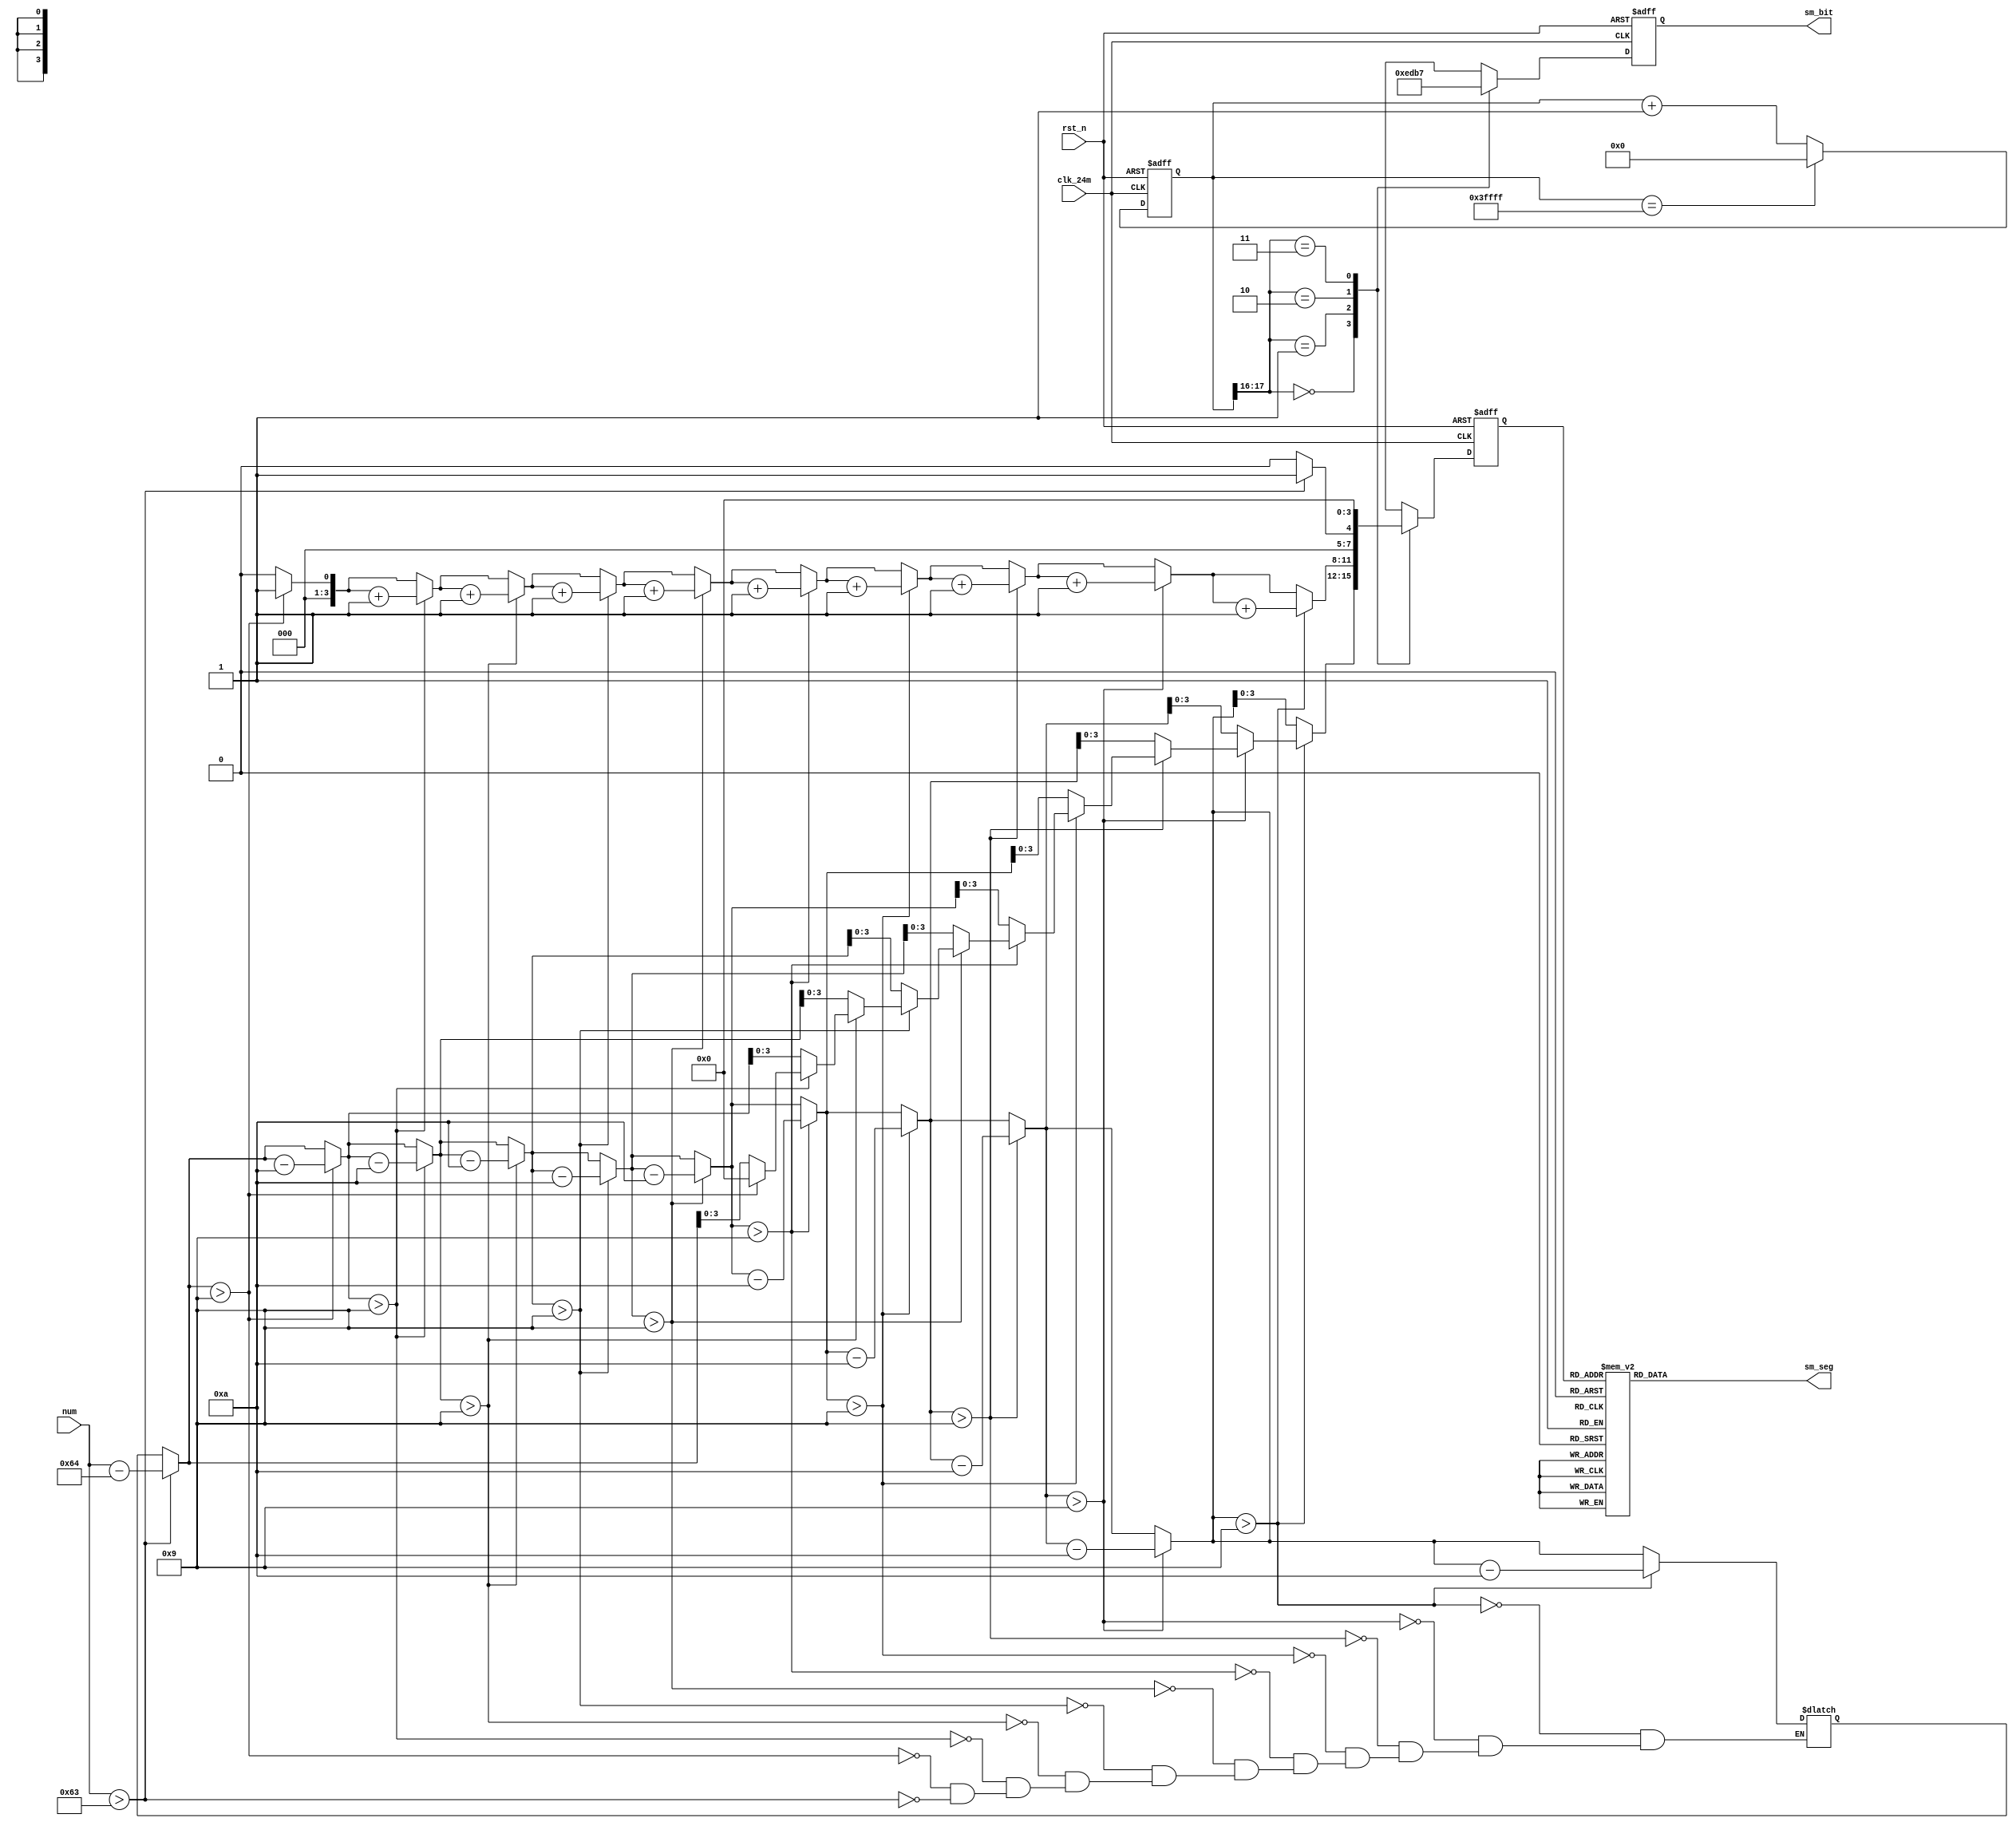
`timescale 1ns/ 1ps

module seg4
#(
	parameter CNT_TIME = 2400_000 //0.1s
)
( 
	input	wire       clk_24m,
	input	wire 		rst_n,
	input	wire [7:0] num,
    output	wire [7:0] sm_seg,
    output	wire [3:0] sm_bit
);

reg [7:0]	num_in;
reg [24:0] 	cnt;
reg [3:0]  	addr;
reg [3:0] 	sm_bit1_num;
reg [3:0] 	sm_bit2_num;
reg [3:0] 	sm_bit3_num;
reg [3:0] 	sm_bit4_num;
//10ms
reg [17:0] 	cnt_w;
//
reg [3:0] 	sm_bit_reg;
reg [3:0] 	sm_seg_num ;
reg [7:0]	sm_seg_reg;	
localparam
			S0 = 4'b0000 ,
			S1 = 4'b0001 ,
			S2 = 4'b0010 ,
			S3 = 4'b0011 ,
			S4 = 4'b0100 ,
			S5 = 4'b0101 ,
			S6 = 4'b0110 ,
			S7 = 4'b0111 ,
			S8 = 4'b1000 ,
			S9 = 4'b1001 ;	

always@(posedge clk_24m or negedge rst_n)
begin
	if(!rst_n)
		cnt  <= 0;
	else if(cnt == CNT_TIME)//0.1Hz
		cnt <= 0;
	else
		cnt <= cnt + 1'b1;
end
//
always @(num)//bin2dec
begin
	sm_bit4_num=4'd0;
	sm_bit3_num=4'd0;
	sm_bit2_num=4'b0;
	sm_bit1_num=4'b0;
	if(num>99)
	begin
		num_in=num-8'd100;
		sm_bit3_num=sm_bit3_num+1;
	end
	repeat(10)
	begin
		if(num_in>8'd9)
		begin
			sm_bit2_num=sm_bit2_num+4'd1;
			num_in=num_in-8'd10;
		end
		else
		begin
			sm_bit1_num=num_in[3:0];
		end
	end
end
/*always@(posedge clk_24m or negedge rst_n)
begin
	if(!rst_n)
		sm_bit1_num <= 4'h0;
	else if(cnt == CNT_TIME)//0.1Hz
	begin
		if(sm_bit1_num == 10)
			sm_bit1_num <= 4'h0;
		else
			sm_bit1_num <= sm_bit1_num + 1'b1;
	end
	else
		sm_bit1_num <= sm_bit1_num;
end
	
always@(posedge clk_24m or negedge rst_n)
begin
	if(!rst_n)
		sm_bit2_num <= 4'h0;
	else if(cnt == CNT_TIME && sm_bit1_num == 9)
	begin		
		if(sm_bit2_num == 10 )
			sm_bit2_num <= 4'h0;
		else 
			sm_bit2_num <= sm_bit2_num + 1;
	end
	else
		sm_bit2_num <= sm_bit2_num;
end	
		
always@(posedge clk_24m or negedge rst_n)
begin
	if(!rst_n)
		sm_bit3_num <= 4'h0;
	else if(cnt == CNT_TIME && sm_bit2_num == 9 && sm_bit1_num == 9)
	begin		
		if(sm_bit3_num == 10 )
			sm_bit3_num <= 4'h0;
		else
			sm_bit3_num <= sm_bit3_num + 1;
	end
	else
		sm_bit3_num <= sm_bit3_num;
end	
	
always@(posedge clk_24m or negedge rst_n)
begin
	if(!rst_n)
		sm_bit4_num <= 4'h0;
	else if(cnt == CNT_TIME && sm_bit3_num == 9 && sm_bit2_num == 9 && sm_bit1_num == 9)
	begin		
		if(sm_bit4_num == 10)
			sm_bit4_num <= 4'h0;
		else
			sm_bit4_num <= sm_bit4_num + 1;
	end
	else
		sm_bit4_num <= sm_bit4_num;
end*/						
		
always@(posedge clk_24m or negedge rst_n)
begin
	if(!rst_n)
		cnt_w <= 18'd0;
	else if(cnt_w == 18'b111_111_111_111_111_111)  
	// else if(&cnt_w)  
		cnt_w <= 18'd0;
	else
		cnt_w <= cnt_w + 1;
end

always@(posedge clk_24m or negedge rst_n)
begin
	if(!rst_n)
		sm_seg_num   <= 4'h0;
	else
	begin
		case( cnt_w[17:16] )
		2'b00:sm_seg_num   <= sm_bit1_num; 
		2'b01:sm_seg_num   <= sm_bit2_num; 
		2'b10:sm_seg_num   <= sm_bit3_num; 
		2'b11:sm_seg_num   <= sm_bit4_num; 
		endcase
	end
end

always@(posedge clk_24m or negedge rst_n)
begin
	if(!rst_n)
		sm_bit_reg <= 4'b1111;
	else
	begin
		case( cnt_w[17:16] )
		2'b00:sm_bit_reg <= 4'b1110; 
		2'b01:sm_bit_reg <= 4'b1101; 
		2'b10:sm_bit_reg <= 4'b1011; 
		2'b11:sm_bit_reg <= 4'b0111; 
		endcase
	end
end
			
always@(*)
begin
	case ( sm_seg_num )
	S0:
		sm_seg_reg <= 8'hc0;
	S1:               
		sm_seg_reg <= 8'hf9;
	S2:               
		sm_seg_reg <= 8'ha4;
	S3:               
		sm_seg_reg <= 8'hb0;
	S4:               
		sm_seg_reg <= 8'h99;
	S5:               
		sm_seg_reg <= 8'h92;
	S6:               
		sm_seg_reg <= 8'h82;
	S7:               
		sm_seg_reg <= 8'hf8;
	S8:               
		sm_seg_reg <= 8'h80;
	S9:               
		sm_seg_reg <= 8'h90;
	default:sm_seg_reg <= 8'hc0;
	endcase
end	
					
assign sm_seg = sm_seg_reg;	
assign sm_bit = sm_bit_reg;	
	
endmodule